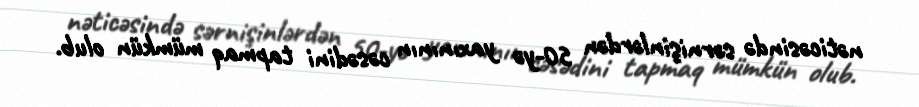
nəticəsində sərnişinlərdən 50-yə yaxınının cəsədini tapmaq mümkün olub.